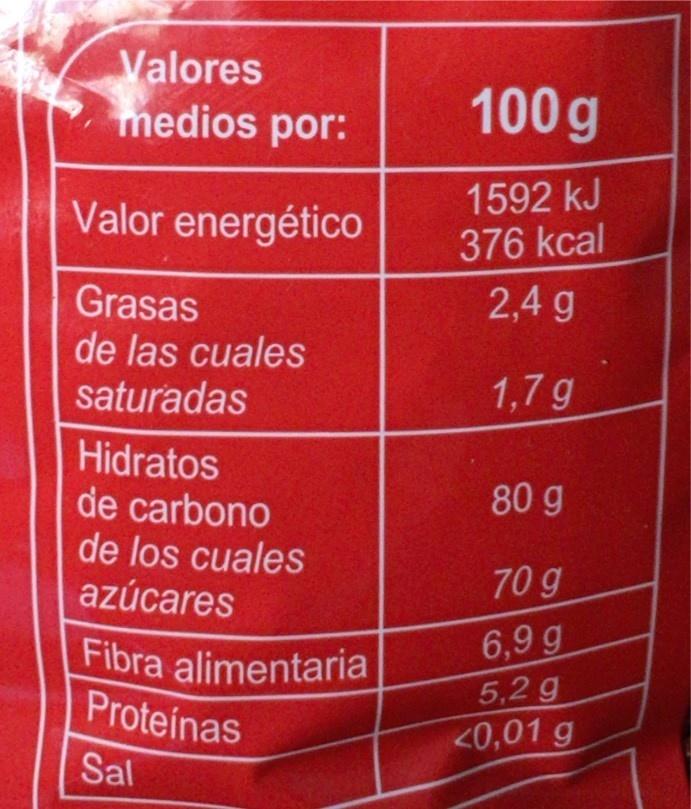
Valores medios por:
100 g
Valor energético
1592 kJ 376 kcal
Grasas de las cuales saturadas
2,4 g
1,7 g
Hidratos de carbono de los cuales azúcares
80 g
70 g
Fibra alimentaria Proteinas
6,9 g 5,2 g <0,01 g
Sal